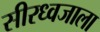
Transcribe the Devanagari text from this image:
सीरध्वजाला